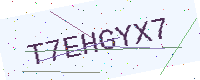
Text: T7EHGYX7